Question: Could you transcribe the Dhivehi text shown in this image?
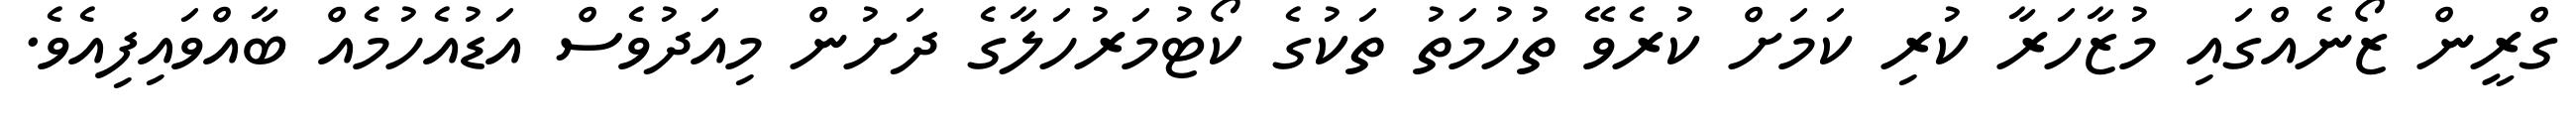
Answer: ގްރީން ޒޯނެއްގައި މުޒާހަރާ ކުރި ކަމަށް ކުރެވޭ ތުހުމަތު ތަކުގެ ކޯޓުމަރުހަލާގެ ދަށުން މިއަދުވެސް އަޑުއެހުމެއް ބާއްވައިފިއެވެ.